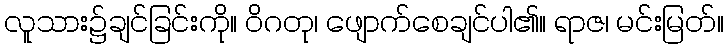
လူသား၌ချင်ခြင်းကို။ ဝိဂတု၊ ဖျောက်စေချင်ပါ၏။ ရာဇ၊ မင်းမြတ်။